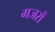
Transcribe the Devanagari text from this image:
गजरों